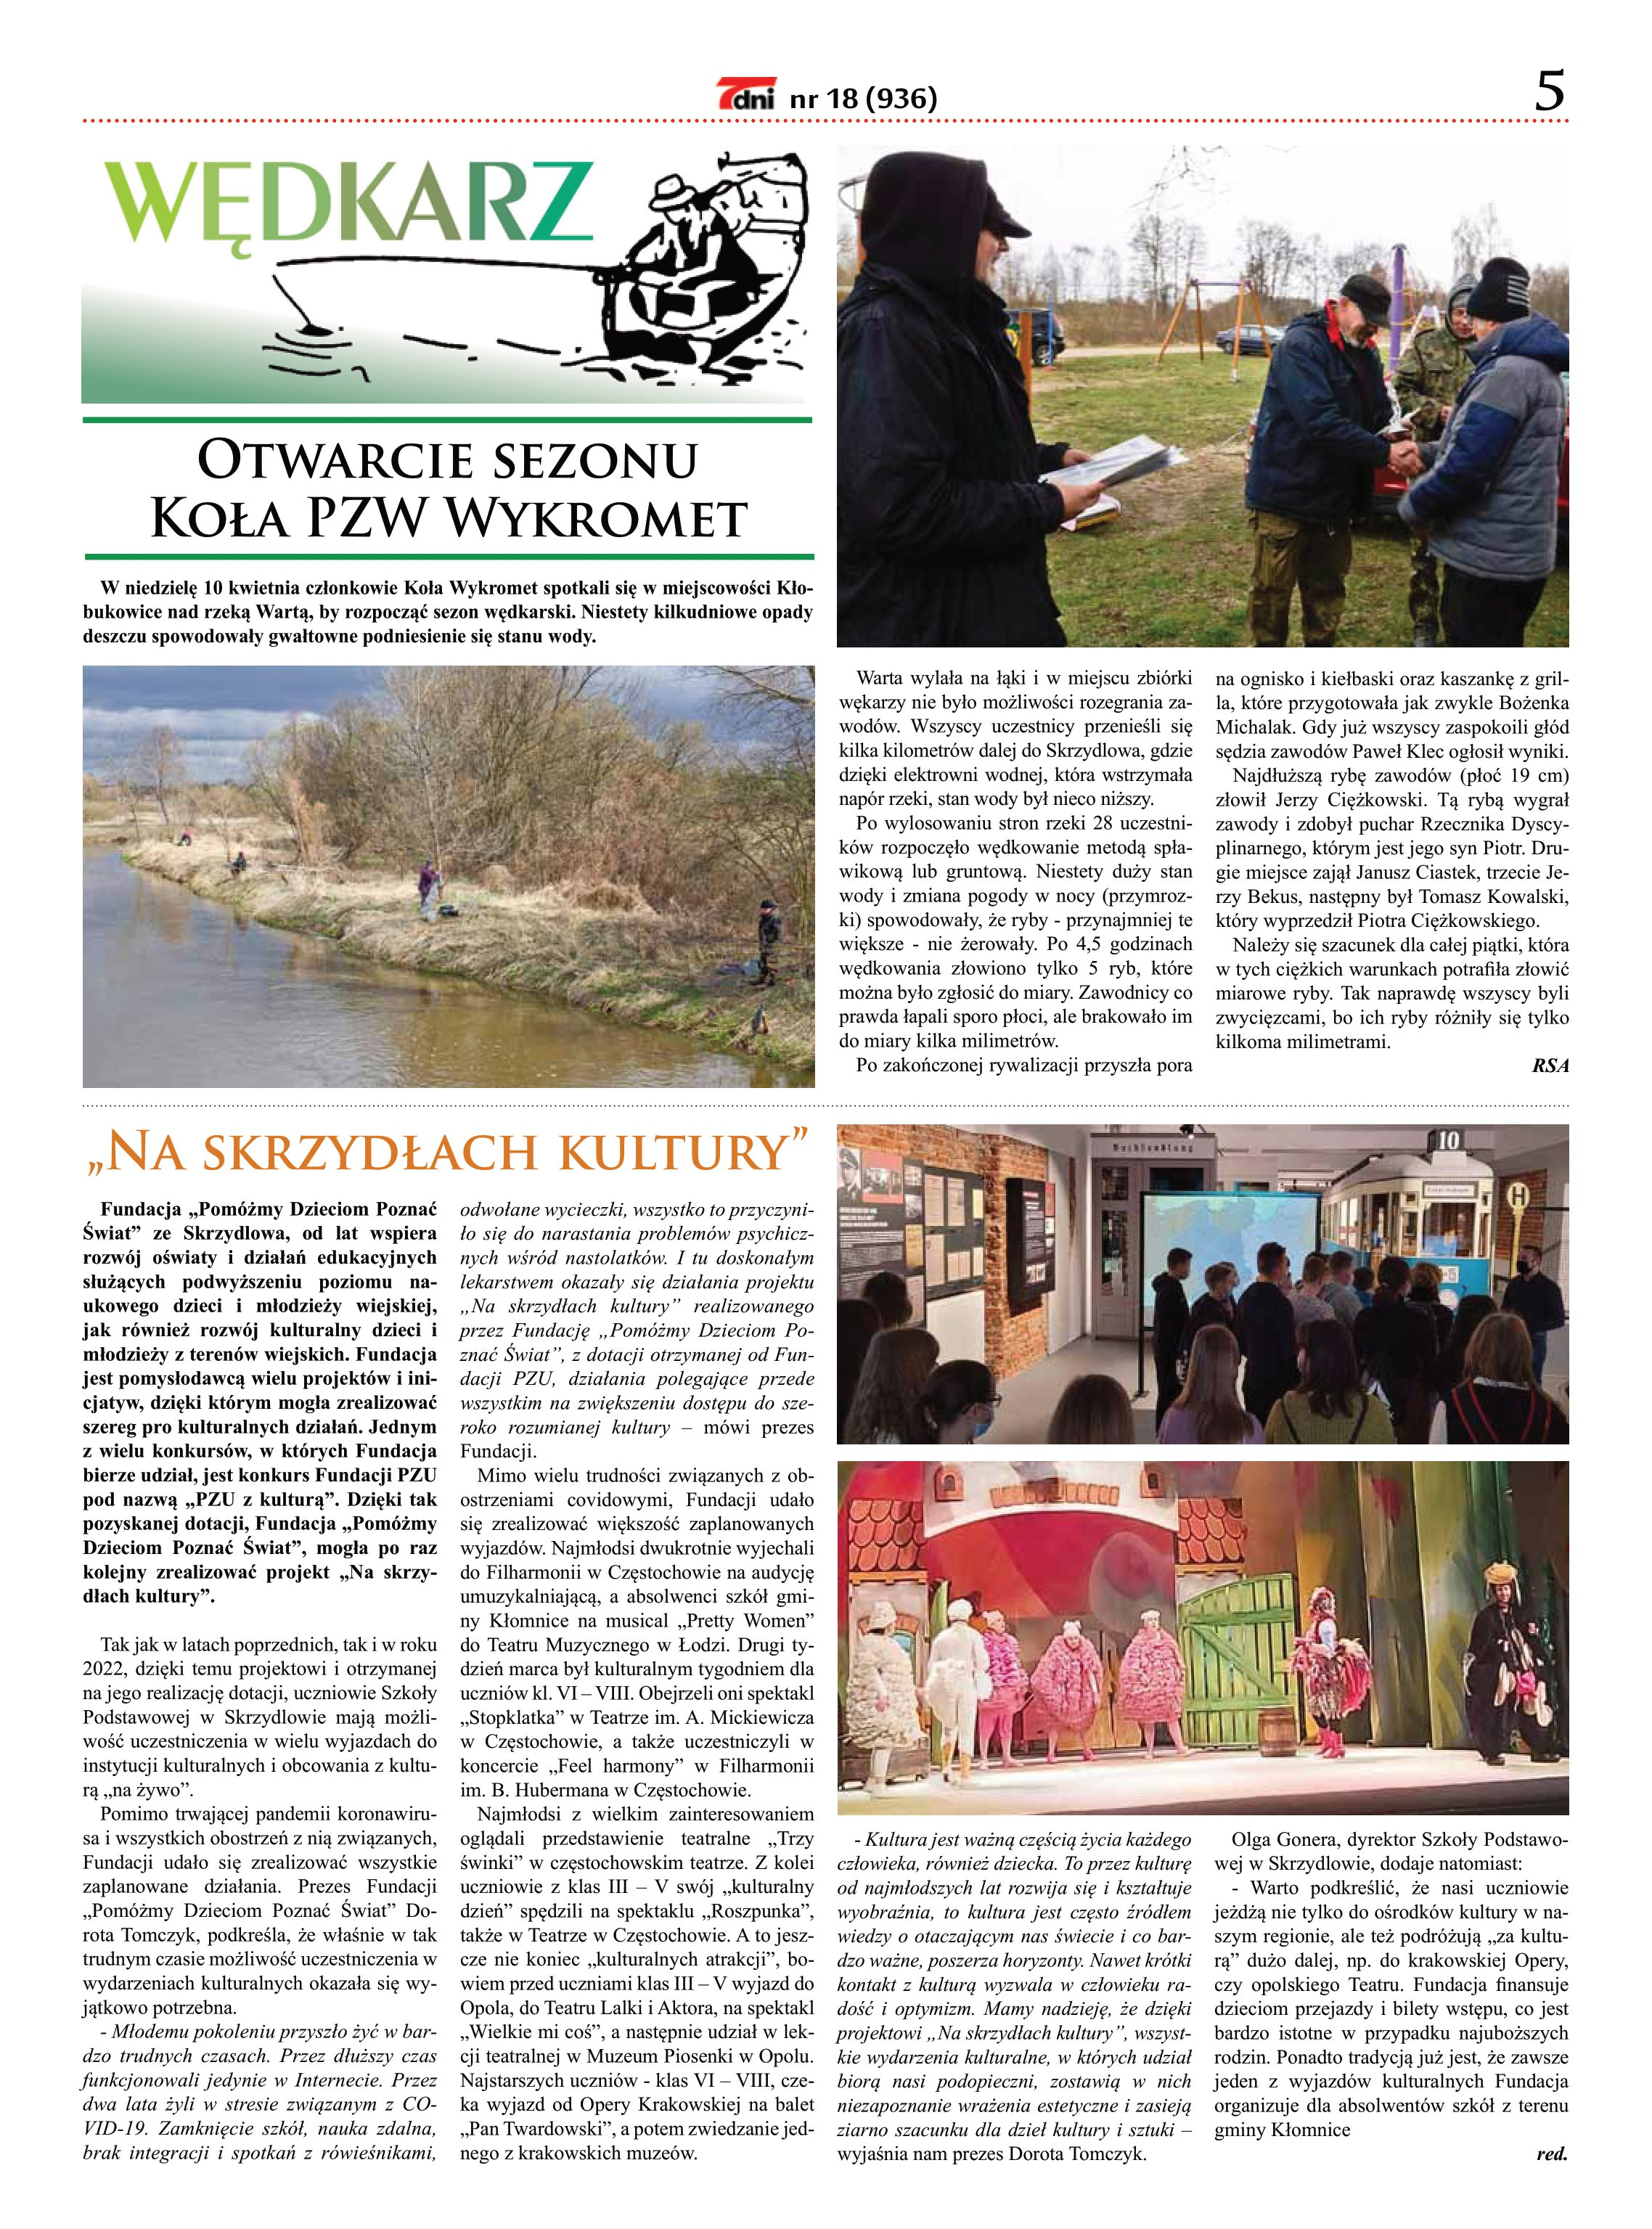
Language: pl